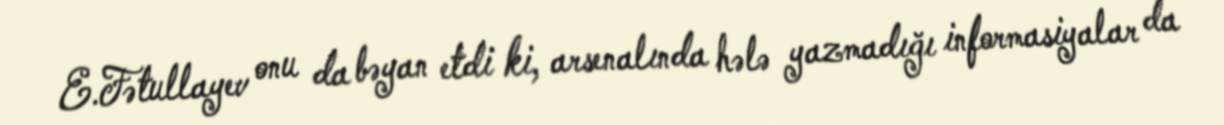
E.Fətullayev onu da bəyan etdi ki, arsenalında hələ yazmadığı informasiyalar da